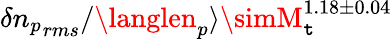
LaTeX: \delta{n_{p}}_{rms}/\langlen_{p}\rangle\simM_{\mathtt{t}}^{1.18\pm0.04}